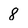
Character: 8